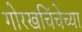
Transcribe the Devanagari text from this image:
गोरखचिंचेच्या